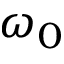
\omega _ { 0 }